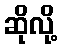
ဆိုလို့